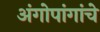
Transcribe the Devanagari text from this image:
अंगोपांगांचे